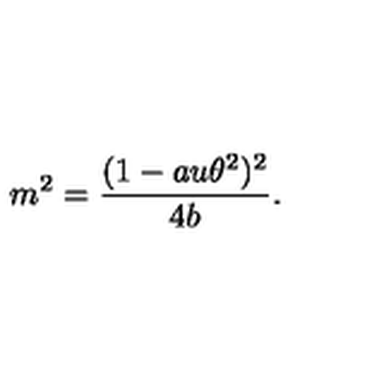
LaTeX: m ^ { 2 } = \frac { ( 1 - a u \theta ^ { 2 } ) ^ { 2 } } { 4 b } .